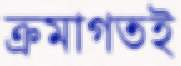
ক্রমাগতই